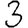
Digit: 3